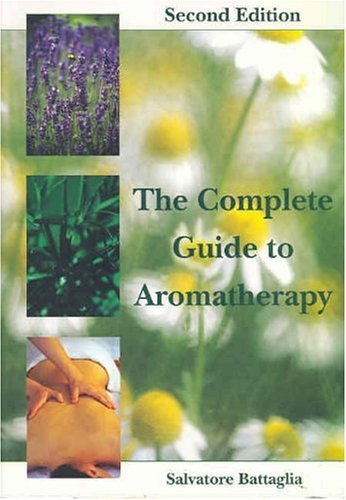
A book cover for The Complete Guide to Aromatherapy; Salvatore Battaglia; Science & Math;